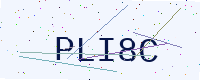
Text: PLI8C